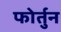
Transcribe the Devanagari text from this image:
फोर्तुन